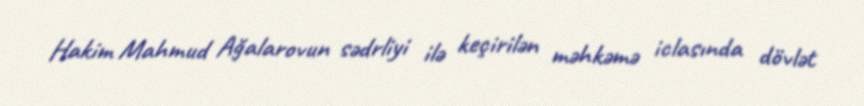
Hakim Mahmud Ağalarovun sədrliyi ilə keçirilən məhkəmə iclasında dövlət